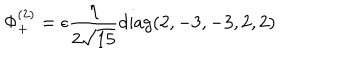
\Phi _ { + } ^ { ( 2 ) } = \epsilon { \frac { \eta } { 2 \sqrt { 1 5 } } } \mathrm { d i a g } ( 2 , - 3 , - 3 , 2 , 2 )